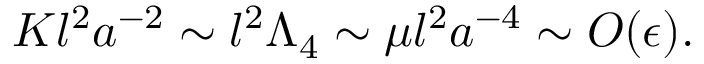
K l ^ { 2 } a ^ { - 2 } \sim l ^ { 2 } \Lambda _ { 4 } \sim \mu l ^ { 2 } a ^ { - 4 } \sim O ( \epsilon ) .